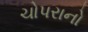
ચોપરાનો